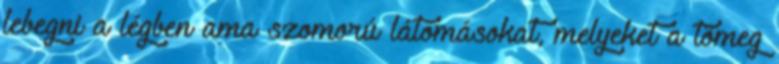
lebegni a légben ama szomorú látomásokat, melyeket a tömeg